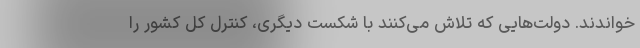
خواندند. دولت‌هایی که تلاش می‌کنند با شکست دیگری، کنترل کل کشور را